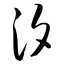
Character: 汐